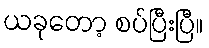
ယခုတော့ စပ်ပြီးပြီ။